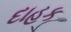
દાહક